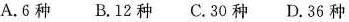
A.6种 B.12种 C.30种 D.36种